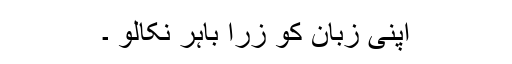
اپنی زبان کو زرا باہر نکالو ۔